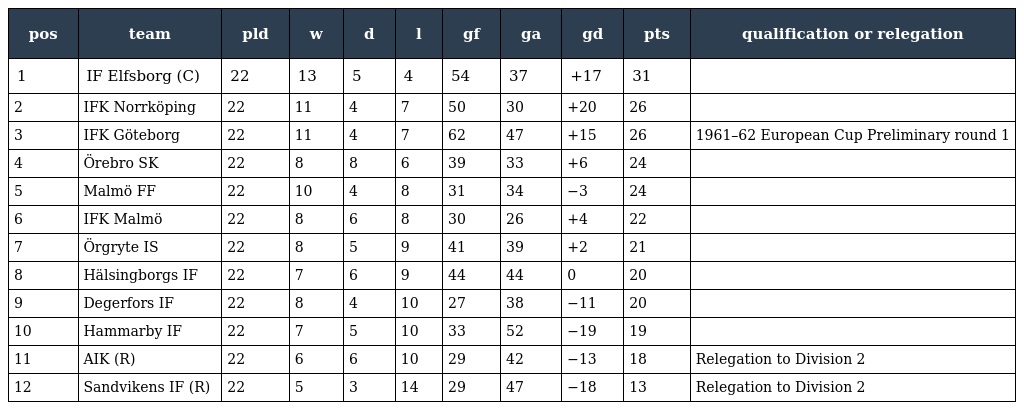
| pos | team | pld | w | d | l | gf | ga | gd | pts | qualification or relegation |
 | --- | --- | --- | --- | --- | --- | --- | --- | --- | --- | --- |
 | 1 | IF Elfsborg (C) | 22 | 13 | 5 | 4 | 54 | 37 | +17 | 31 |  |
 | 2 | IFK Norrköping | 22 | 11 | 4 | 7 | 50 | 30 | +20 | 26 |  |
 | 3 | IFK Göteborg | 22 | 11 | 4 | 7 | 62 | 47 | +15 | 26 | 1961–62 European Cup Preliminary round 1 |
 | 4 | Örebro SK | 22 | 8 | 8 | 6 | 39 | 33 | +6 | 24 |  |
 | 5 | Malmö FF | 22 | 10 | 4 | 8 | 31 | 34 | −3 | 24 |  |
 | 6 | IFK Malmö | 22 | 8 | 6 | 8 | 30 | 26 | +4 | 22 |  |
 | 7 | Örgryte IS | 22 | 8 | 5 | 9 | 41 | 39 | +2 | 21 |  |
 | 8 | Hälsingborgs IF | 22 | 7 | 6 | 9 | 44 | 44 | 0 | 20 |  |
 | 9 | Degerfors IF | 22 | 8 | 4 | 10 | 27 | 38 | −11 | 20 |  |
 | 10 | Hammarby IF | 22 | 7 | 5 | 10 | 33 | 52 | −19 | 19 |  |
 | 11 | AIK (R) | 22 | 6 | 6 | 10 | 29 | 42 | −13 | 18 | Relegation to Division 2 |
 | 12 | Sandvikens IF (R) | 22 | 5 | 3 | 14 | 29 | 47 | −18 | 13 | Relegation to Division 2 |